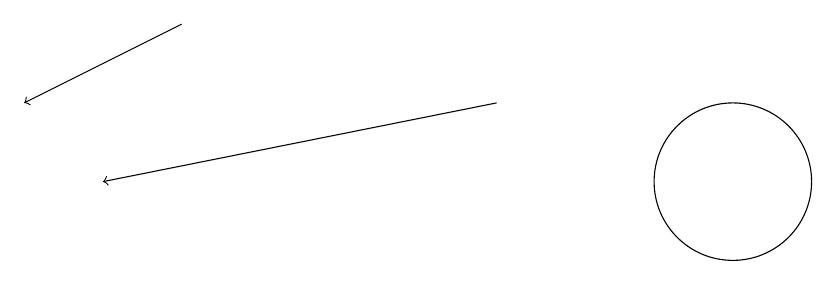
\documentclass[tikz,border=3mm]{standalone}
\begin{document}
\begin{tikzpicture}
\draw[->] (9,11) -- (4,10);
\draw[->] (5,12) -- (3,11);
\draw (12,10) circle (1);
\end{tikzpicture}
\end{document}